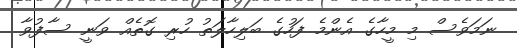
ނަމަވެސް މި މީހާގެ އެންމެ ފަހުގެ ބަލިހާލަތު ހުރި ގޮތެއް ވަނީ ސާފުވާ